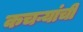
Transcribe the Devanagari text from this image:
कचऱ्यांची